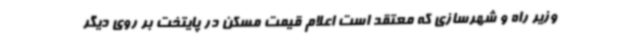
وزیر راه و شهرسازی که معتقد است اعلام قیمت مسکن در پایتخت بر روی دیگر